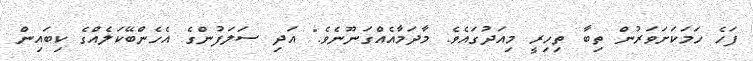
ފަހެ ހަމަކަށަވަރުން ތިބާ ތިހިރީ މިއަދުގައެވެ. މާދަމާއެއްގަނޫނެވެ." އަދި ސަލަފުންގެ އެހެންބޭކަލެއްގެ ކިބައިން